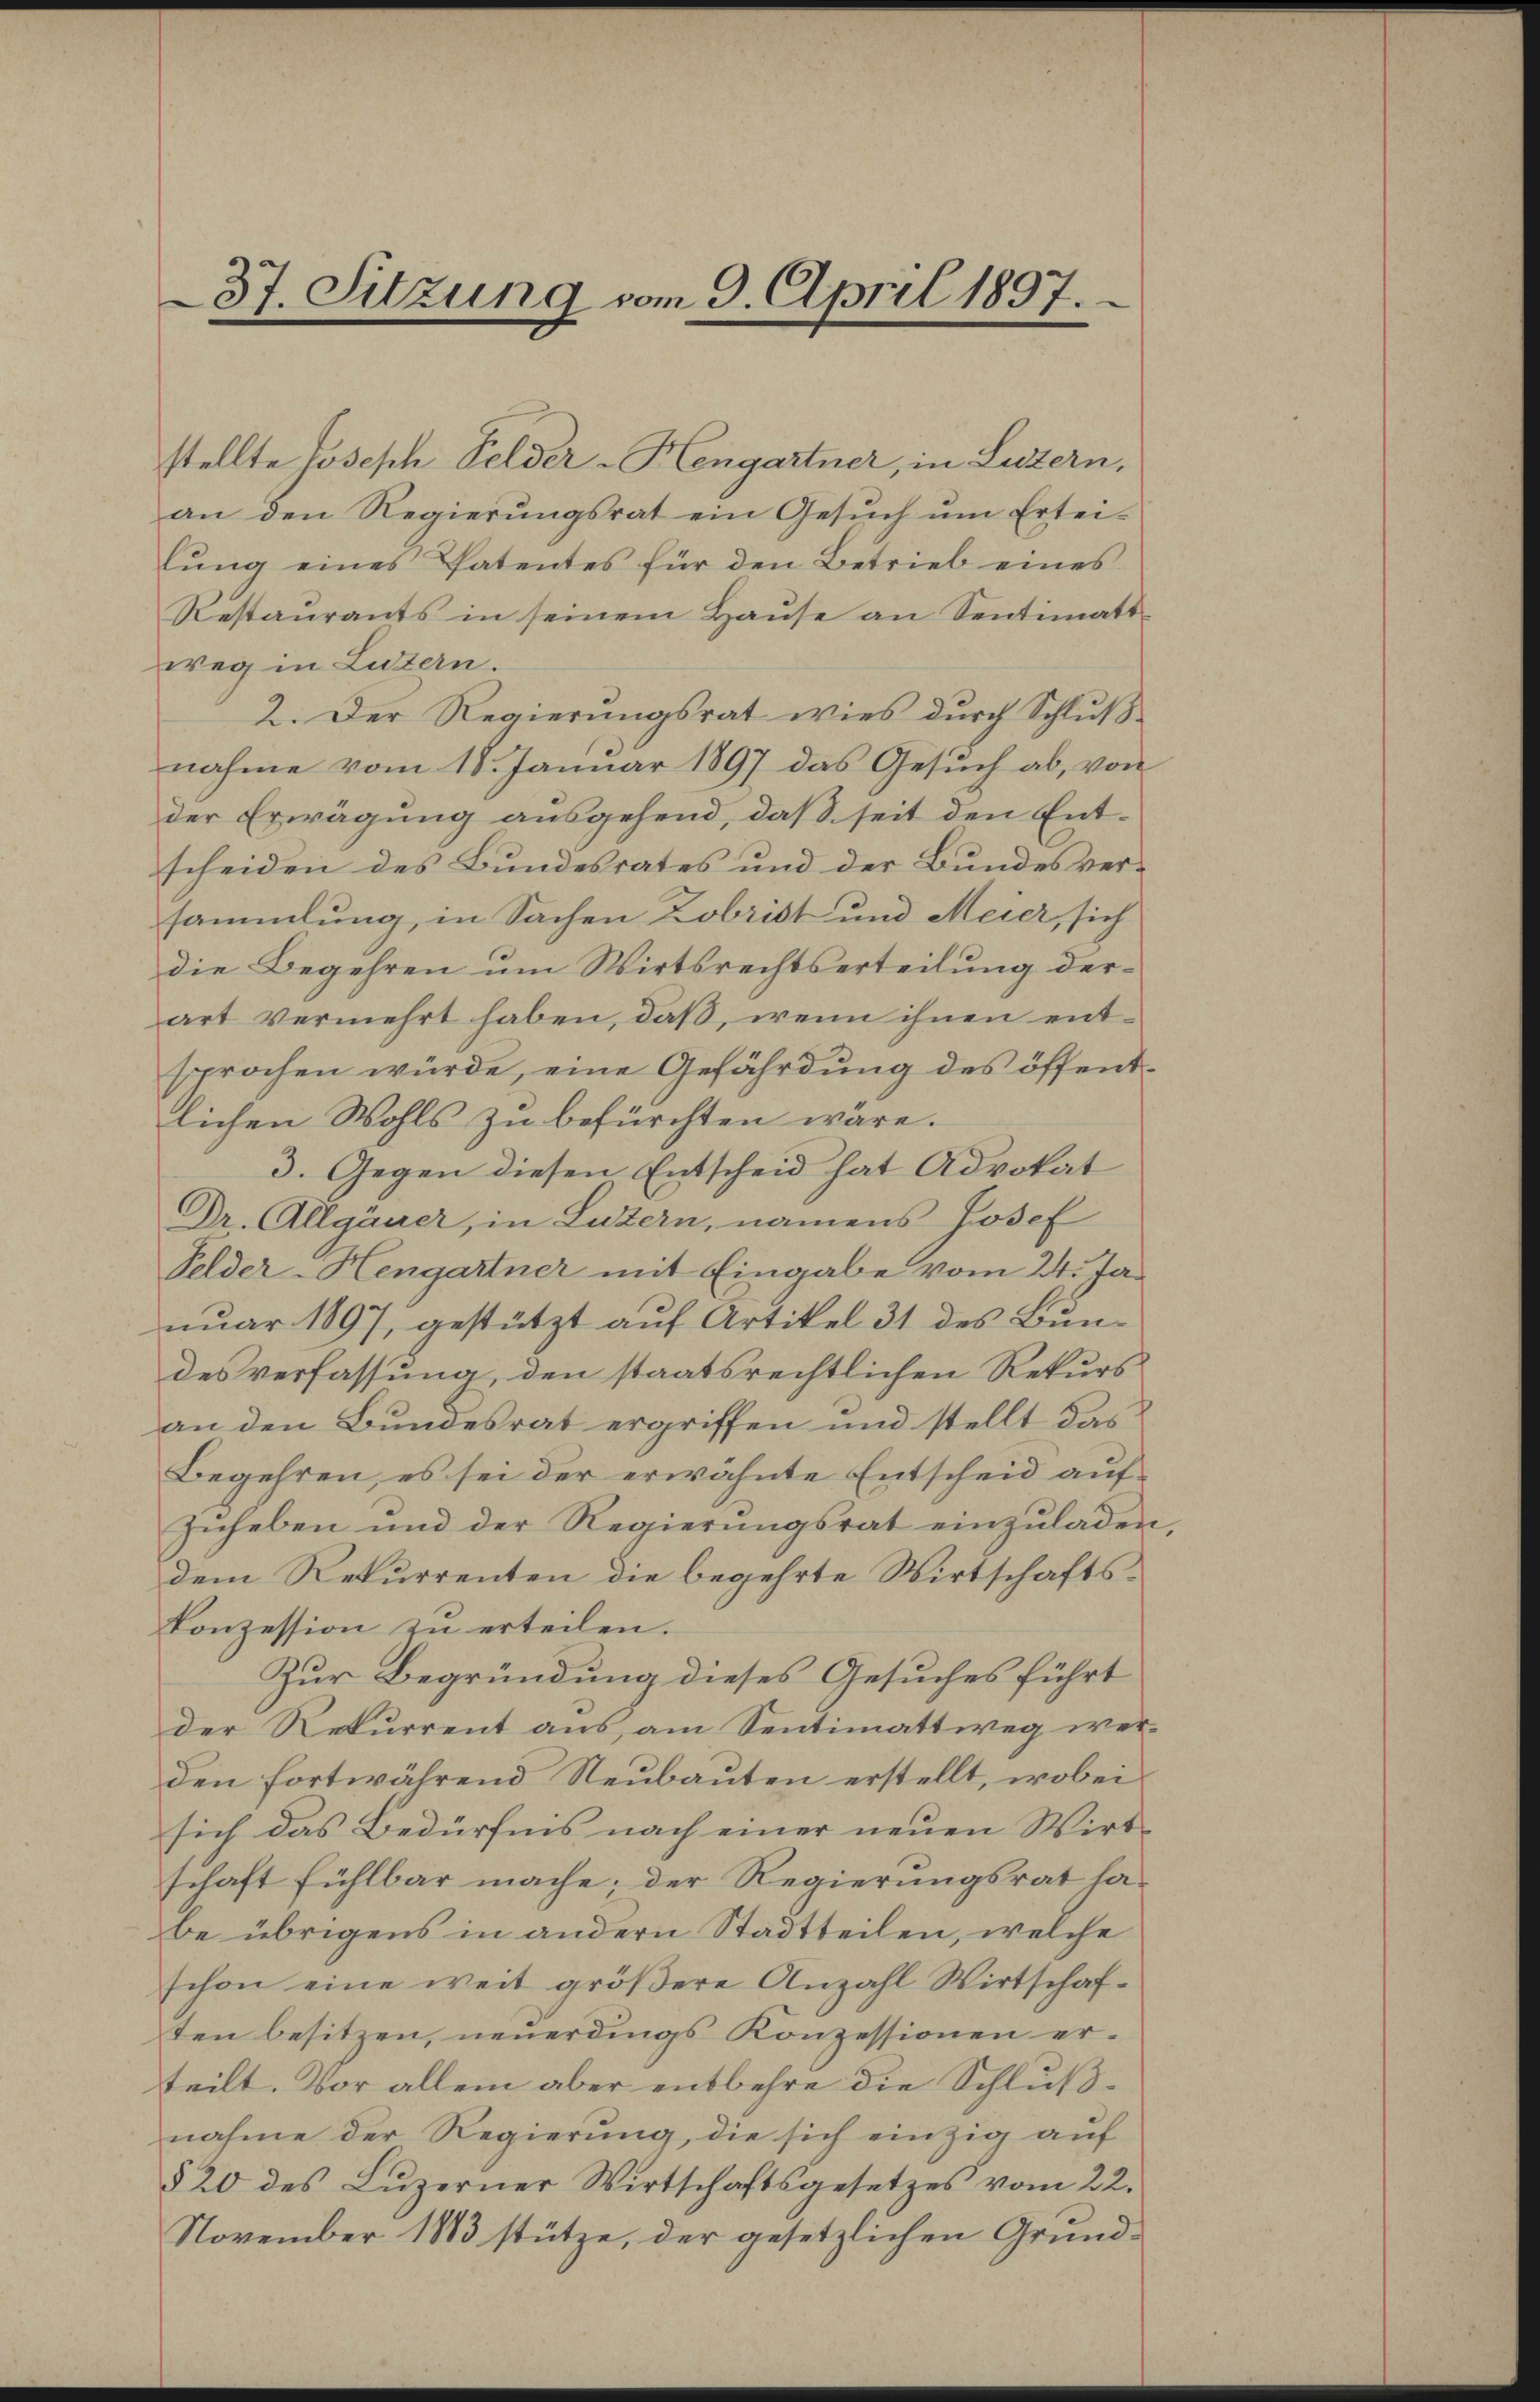
37. Sitzung vom 9. April 1897.

stellte Joseph Felder-Hengartner, in Luzern,
an den Regierŭngsrat ein Gesŭch ŭm Ertei-
lŭng eines Patentes für den Betrieb eines
Restaŭrants in seinem Haŭse an Sentimatt
weg in Luzern.
2. Der Regierŭngsrat wies dŭrch Schlŭβ-
nahme vom 18. Januar 1897 das Gesuch ab, von
der Erwägung ausgehend, daß seit den Ent-
scheiden des Bundesrates und der Bundesversammlung, in Sachen Zobrist und Meier, sich
die Begehren um Wirtsrechtserteilung derart vermehrt haben, daß, wenn ihnen entsprochen würde, eine Gefährdung des öffentlichen Wohls zu befürchten wäre.
3. Gegen diesen Entscheid hat Advokat
Dr. Allgäuer, in Luzern, namens Josef
Felder-Hengartner mit Eingabe vom 24. Januar 1897, gestützt auf Artikel 31 des Bundes verfassung, den staatsrechtlichen Rekurs
an den Bundesrat ergriffen und stellt das
Begehren, es sei der erwähnte Entscheid auf
zuheben und der Regierungsrat einzuladen
dem Rekurrenten die begehrte Wirtschaftskonzession zu erteilen.
Zur Begründung dieses Gesuches führt
der Rekurrent aus, am Sentimattweg werden fortwährend Neubauten erstellt, wobei
sich das Bedürfnis nach einer neuen Wirtschaft fühlbar mache; der Regierungsrat ha-
be übrigens in andern Stadtteilen, welche
schon eine weit größere Anzahl Wirtschaf-
ten besitzen, neuerdings Konzessionen erteilt. Vor allem aber entbehre die Schlußnahme der Regierung, die sich einzig auf
§ 20 des Lŭzerner Wirtschaftsgesetzes vom 22.
November 1883 stütze, der gesetzlichen Grund¬

1